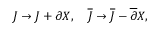
J \to J + \partial X , \ \ \ { \overline { { J } } } \to { \overline { { J } } } - { \overline { { \partial } } } X ,